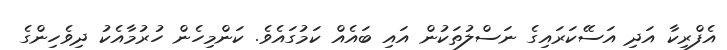
އެފްރިކާ އަދި އަސޭކަރައިގެ ނަސްލުތަކުން އައި ބައެއް ކަމުގައެވެ. ކަންމިހެން ހުރުމާއެކު ދިވެހިންގެ